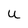
Character: U